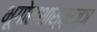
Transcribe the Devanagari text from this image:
भूगोलशास्त्रज्ञ